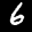
Label: 6